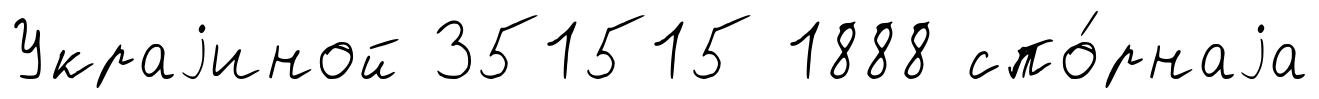
Украjиной 351515 1888 спо́рнаjа